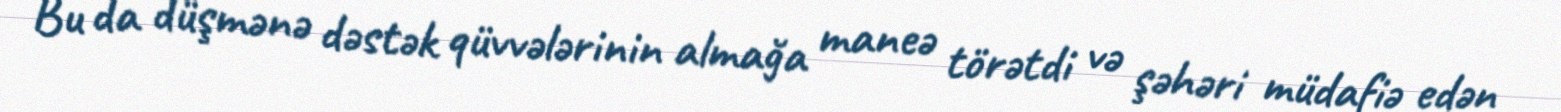
Bu da düşmənə dəstək qüvvələrinin almağa maneə törətdi və şəhəri müdafiə edən